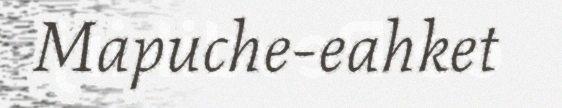
Mapuche-eahket